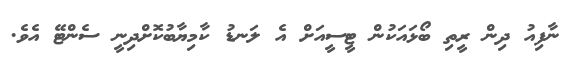
ނާފިއު ދިން ރީތި ބޯޅައަކުން ޓީސީއަށް އެ ލަނޑު ކާމިޔާބުކޮށްދިނީ ސެންޓޭ އެވެ.